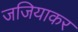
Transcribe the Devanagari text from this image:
जजियाकर